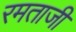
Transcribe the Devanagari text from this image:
रमताजी